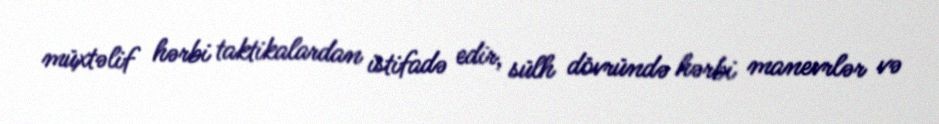
müxtəlif hərbi taktikalardan istifadə edir, sülh dövründə hərbi manevrlər və